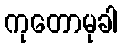
ကုတောမုခါ